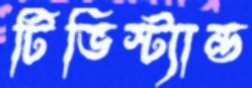
টিভিস্ট্যান্ড